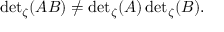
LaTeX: { \operatorname * { d e t } } _ { \zeta } ( A B ) \neq { \operatorname * { d e t } } _ { \zeta } ( A ) \, { \operatorname * { d e t } } _ { \zeta } ( B ) .